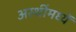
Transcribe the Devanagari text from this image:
अस्थींमध्यें